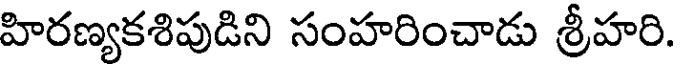
హిరణ్యకశిపుడిని సంహరించాడు శ్రీహరి.